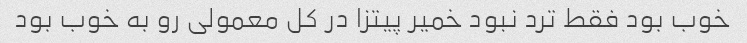
خوب بود فقط ترد نبود خمیر پیتزا در کل معمولی رو به خوب بود